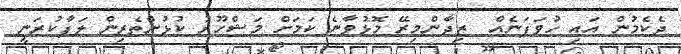
ދެކެމުން އައި ހުވަފަނެއް  ޒިދާންމިރޭ މޮޅުވާނެ ކަމަށް މަޝްހޫރު ކުޅުންތެރިން ލަފާކުރަނީ